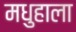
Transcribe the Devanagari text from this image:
मधुहाला